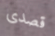
قصدى